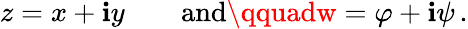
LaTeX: z=x+\mathbf{i}y\qquad{\mathrm{{and}}}\qquadw=\varphi+\mathbf{i}\psi\, .